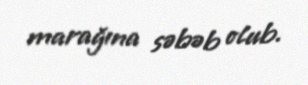
marağına səbəb olub.